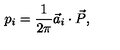
p _ { i } = \frac { 1 } { 2 \pi } { \vec { a } } _ { i } \cdot { \vec { P } } ,